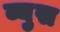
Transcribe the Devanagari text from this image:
व्युस